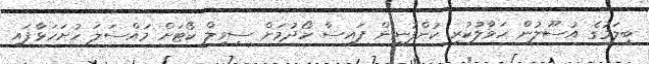
ބީލަމުގެ އުސޫލުން ހަވާލުކުރި ކުންފުނިން ފައިސާ ހޯދުމަށް ސިވިލް ކޯޓަށް މައްސަލަ ހުށަހަޅާފައި